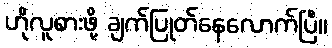
ဟိုလူစားဖို့ ချက်ပြုတ်နေလောက်ပြီ။